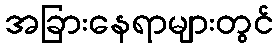
အခြားနေရာများတွင်